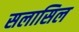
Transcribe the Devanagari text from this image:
सलासिल